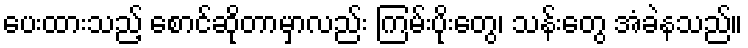
ပေးထားသည့် စောင်ဆိုတာမှာလည်း ကြမ်းပိုးတွေ၊ သန်းတွေ အံခဲနသည်။